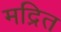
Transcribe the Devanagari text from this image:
मद्रित